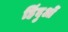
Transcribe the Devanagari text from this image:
हिंदुओें